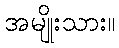
အမျိုးသား။